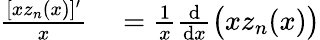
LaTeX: \begin{array}{rl}{\frac{[xz_{n}(x)]^{\prime}}{x}}&{{}=\frac{1}{x}\frac{\mathrm{d}}{\mathrm{d}x}\big(xz_{n}(x)\big)}\end{array}